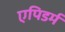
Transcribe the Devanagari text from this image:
एपिडर्म